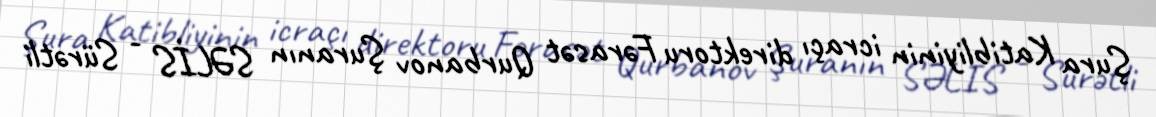
Şura Katibliyinin icraçı direktoru Fərasət Qurbanov Şuranın SƏLİS - Sürətli